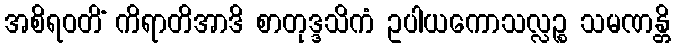
အစိရဝတိံ ကိရာတိအာဒိ စာတုဒ္ဒသိကံ ဥပါယကောသလ္လဉ္စ သမဏန္တိ